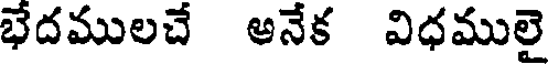
భేదములచే అనేక విధములై